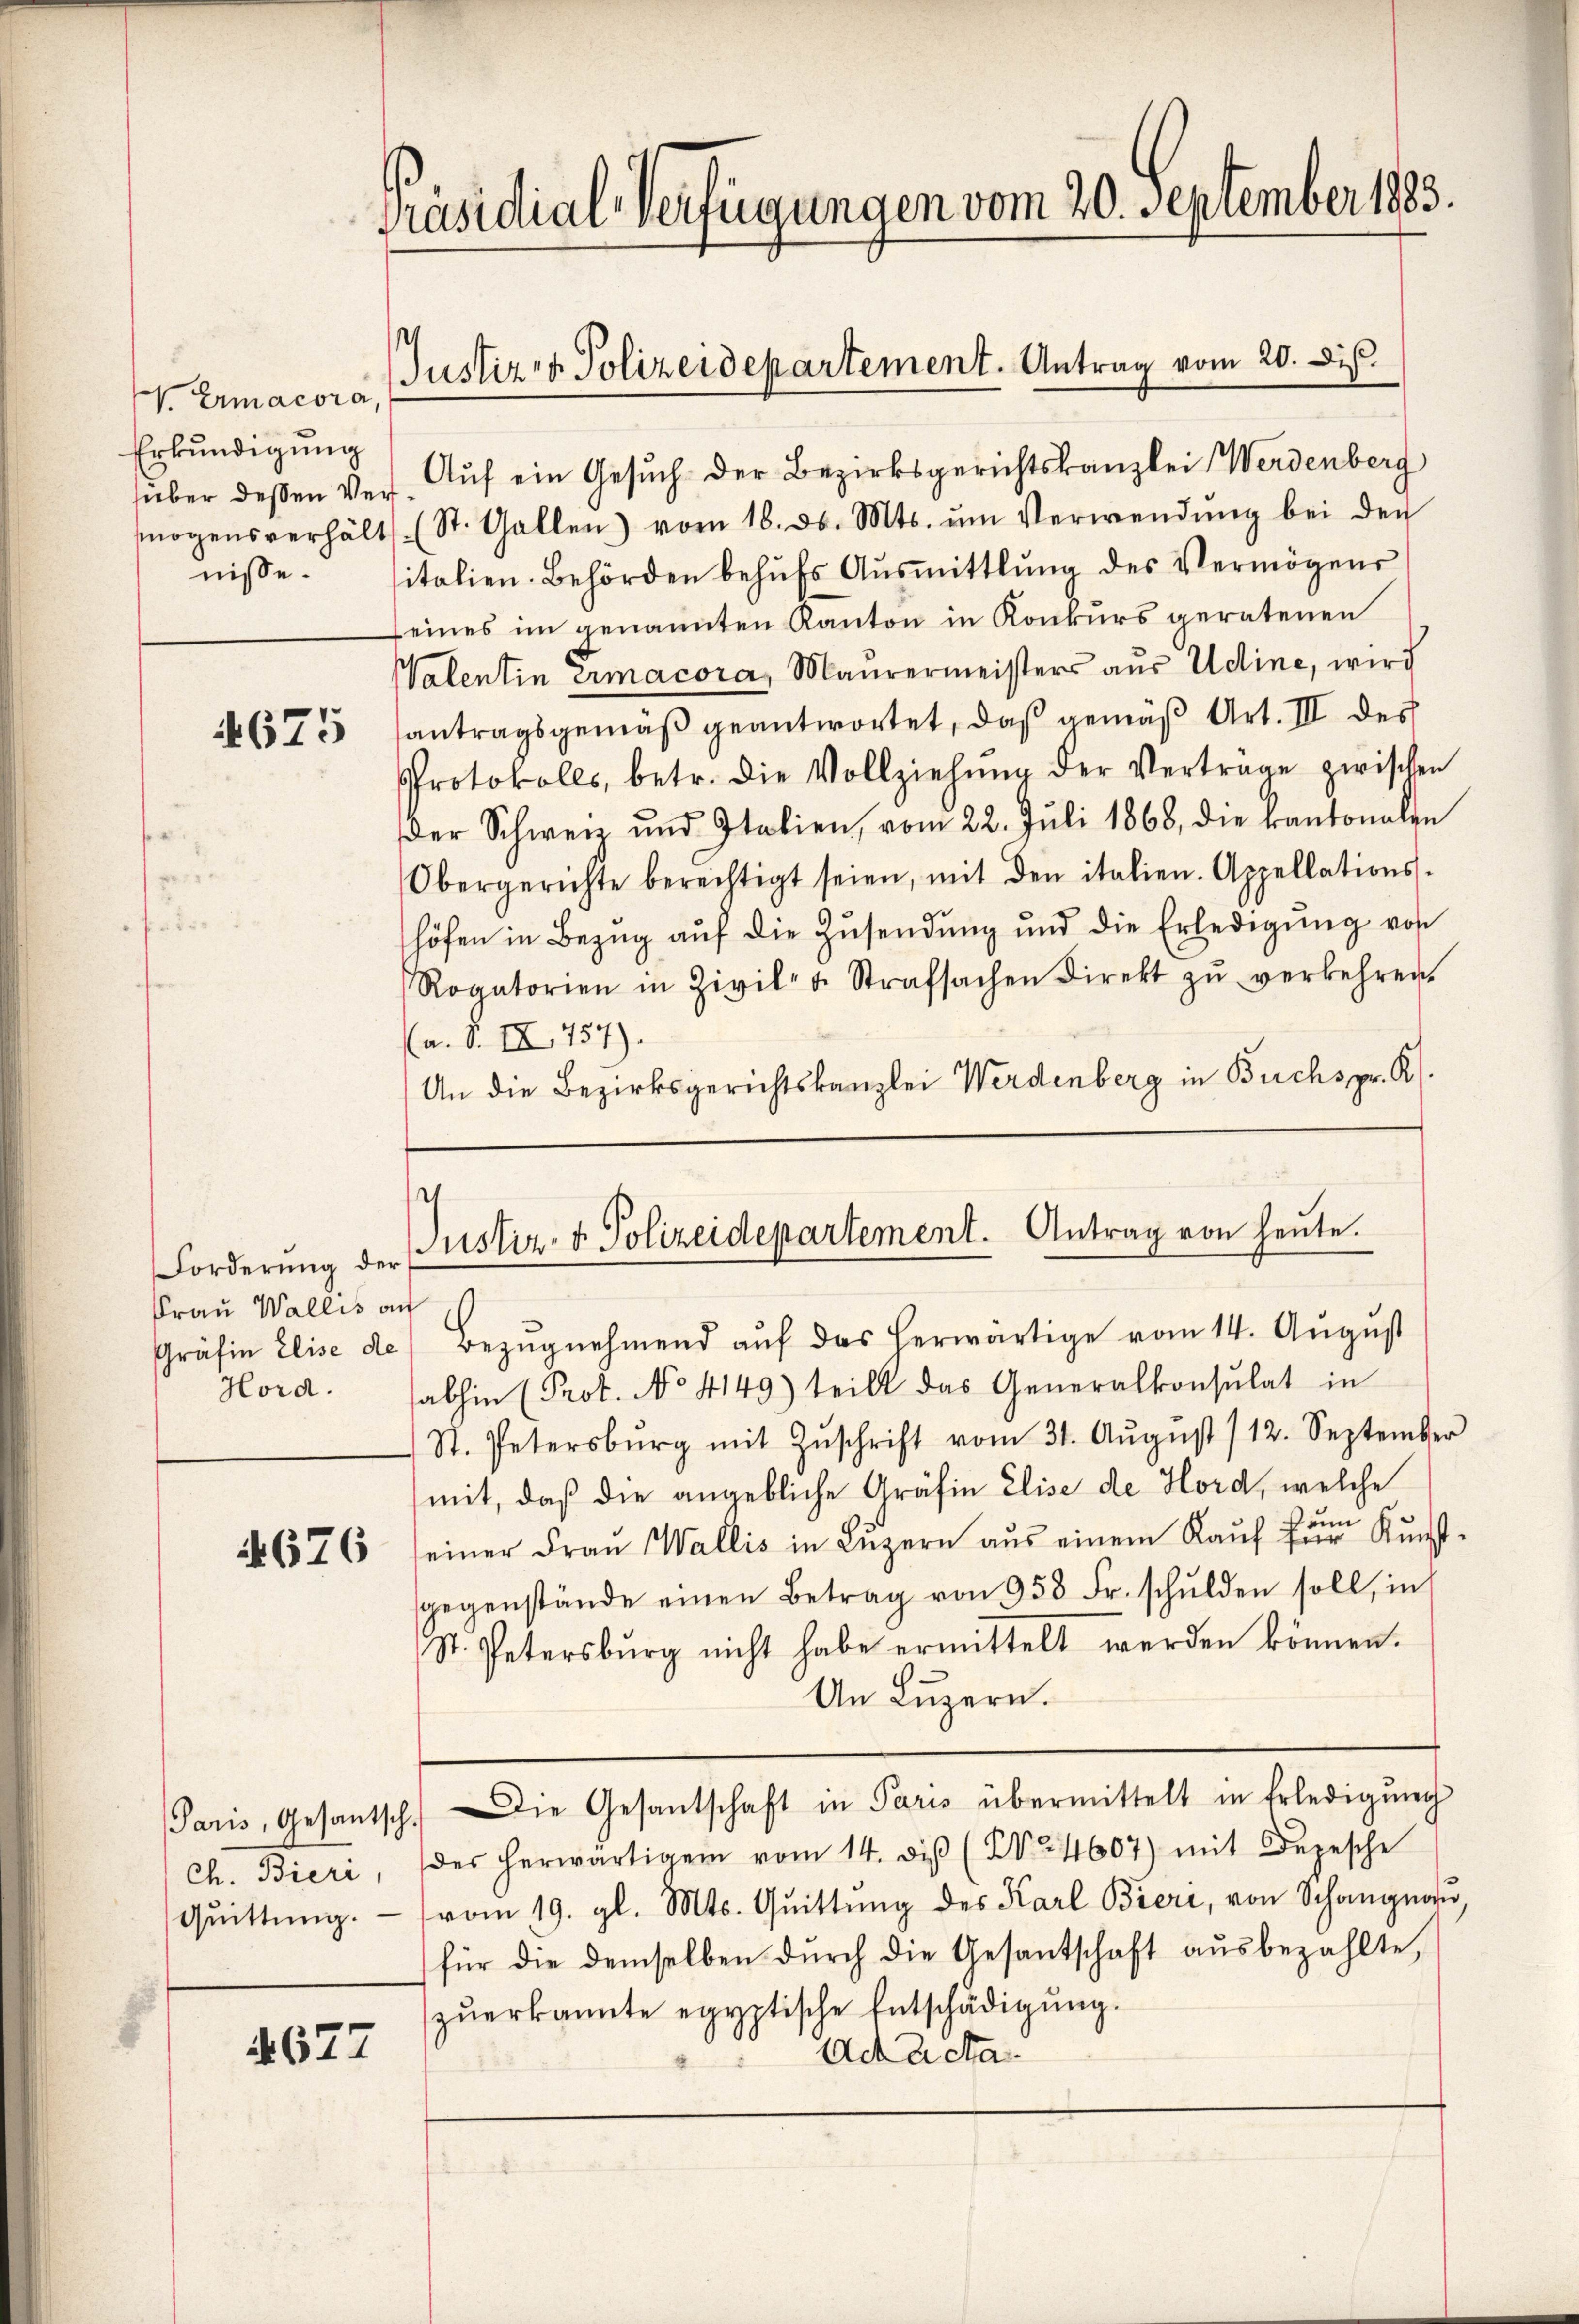
V. Emacora,
Erkundigung
sieber dessen Ver
mögensverhält
nisse.

4675

Forderung der
Frau Wallis au
Gräfin Elise de

676

Paris, Gesantsch.
ch. Bieri,
Quittung.

4677

Präsidial-Verfügungen vom 20. September 1883

¬
Justiz & Polizeidepartement. Antrag vom 20. Dez.

Auf ein Gesuch der Bezirksgerichtskanzlei Werdenberg
(St. Gallen vom 18. d. Mts. ŭm Verwendung bei den
sitalien. Behörden behŭfs Aŭsmittlung des Vermögens
eines im genannten Kanton in Konkurs geratenen
Walentin Ermacora, Maurermeisters aus Udine, wird
antragsgemäß geantwortet, daß gemäß Art. III des
Protokolls, betr. die Vollziehŭng der Verträge zwischen
der Schweiz und Italien, vom 22. Jŭli 1868, die kantonalen
Obergerichte berechtigt seien, mit den italien. Appellations-
höfen in Bezŭg aŭf die Zŭsendung und die Erledigŭng von
Rogatorien in Zivil- u. Strafsachen Direkt zŭ verkehren.
(a. S. IX. 757).
An die Bezirksgerichtskanzlei Werdenberg in Buchsgr. K.

s
Justiz- & Polizeidepartement. Antrag von heute.

Bezŭgnehmend auf das herwärtige vom 14. August
Hord. abhin (Prot. No 4149) teilt das Generalkonsulat in
St. Petersbŭrg mit Zŭschrift vom 31. Aŭgŭst /12. September
mit, daß die angebliche Gräfin Elise de Hord, welche
ann
einer Frau Wallis in Lŭzern aŭs einem Kaŭf für Kŭnst-
gegenstände einen Betrag von 958 Fr. schŭlden soll, in
St. Petersburg nicht habe ermittelt werden können.
An Luzern.
Die Gesantschaft in Paris übermittelt in Erledigŭng
des herwärtigem vom 14. diβ (No 4607) mit Depesche
vom 19. gl. Mts. Quittung des Karl Bieri, von Schangeor
für die demselben dŭrch die Gesantschaft aŭsbezahlte,
zŭerkannte egyptische Entschädigŭng.
Act acta